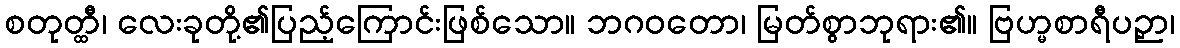
စတုတ္ထီ၊ လေးခုတို့၏ပြည့်ကြောင်းဖြစ်သော။ ဘဂဝတော၊ မြတ်စွာဘုရား၏။ ဗြဟ္မစာရီပဉှာ၊